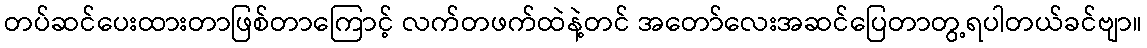
တပ်ဆင်ပေးထားတာဖြစ်တာကြောင့် လက်တဖက်ထဲနဲ့တင် အတော်လေးအဆင်ပြေတာတွ့ရပါတယ်ခင်ဗျာ။